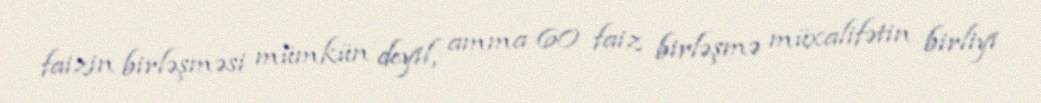
faizin birləşməsi mümkün deyil, amma 60 faiz birləşmə müxalifətin birliyi